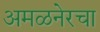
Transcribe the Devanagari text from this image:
अमळनेरचा